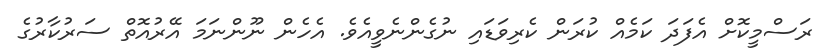
ރަސްމީކޮށް އެފަދަ ކަމެއް ކުރަން ކެރިވަޑައި ނުގެންނެވީއެވެ. އެހެން ނޫންނަމަ އޭރުއޮތް ސަރުކާރުގެ